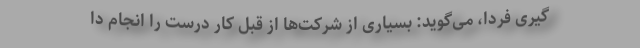
گیری فردا، می‌گوید: بسیاری از شرکت‌ها از قبل کار درست را انجام دا